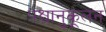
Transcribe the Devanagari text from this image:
पश्चानुकूलन